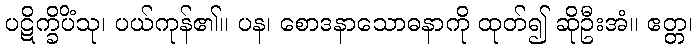
ပဋိက္ခိပိံသု၊ ပယ်ကုန်၏။ ပန၊ စောဒနာသောဓနာကို ထုတ်၍ ဆိုဦးအံ။ ဧတ္တ၊